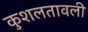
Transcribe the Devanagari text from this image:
कुशलतावली